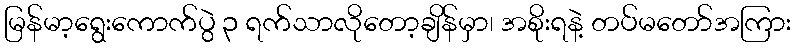
မြန်မာ့ရွေးကောက်ပွဲ ၃ ရက်သာလိုတော့ချိန်မှာ၊ အစိုးရနဲ့ တပ်မတော်အကြား